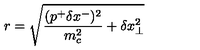
r = \sqrt { \frac { ( p ^ { + } \delta x ^ { - } ) ^ { 2 } } { m _ { c } ^ { 2 } } + \delta x _ { \bot } ^ { 2 } }